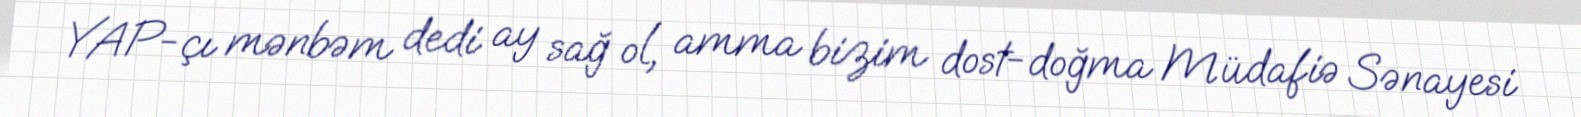
YAP-çı mənbəm dedi ay sağ ol, amma bizim dost-doğma Müdafiə Sənayesi